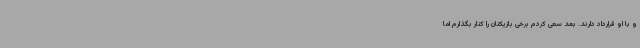
و با او قرارداد دارند. بعد سعی کردم برخی بازیکنان را کنار بگذارم اما